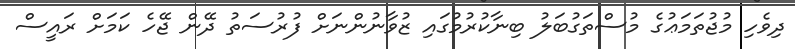
ދިވެހި މުޖުތަމަޢުގެ މުސްތަގުބަލު ބިނާކުރުމުގައި ޒުވާނުންނަށް ފުރުސަތު ދޭން ޖޭހެ ކަމަށް ރައީސް